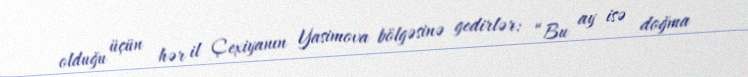
olduğu üçün hər il Çexiyanın Yasimova bölgəsinə gedirlər: “Bu ay isə doğma